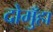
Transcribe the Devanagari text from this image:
दोमुँहा